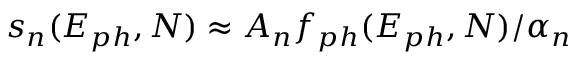
s _ { n } ( E _ { p h } , N ) \approx A _ { n } f _ { p h } ( E _ { p h } , N ) / \alpha _ { n }